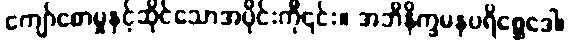
ကျော်စောမှုနှင့်ဆိုင်သောအပိုင်းကို၎င်း။ အဘိနိက္ခမနပရိစ္ဆေဒေါ၊